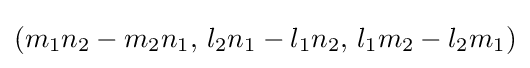
(m_{1}n_{2}-m_{2}n_{1},\,l_{2}n_{1}-l_{1}n_{2},\,l_{1}m_{2}-l_{2}m_{1})